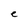
Character: C